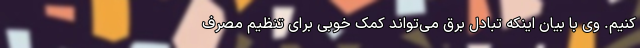
کنیم. وی با بیان اینکه تبادل برق می‌تواند کمک خوبی برای تنظیم مصرف